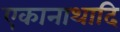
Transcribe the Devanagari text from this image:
एकानाथादि